King Institute of Preventive Medicine Bacteriolog. Section reports 1907-08
Year: 1907
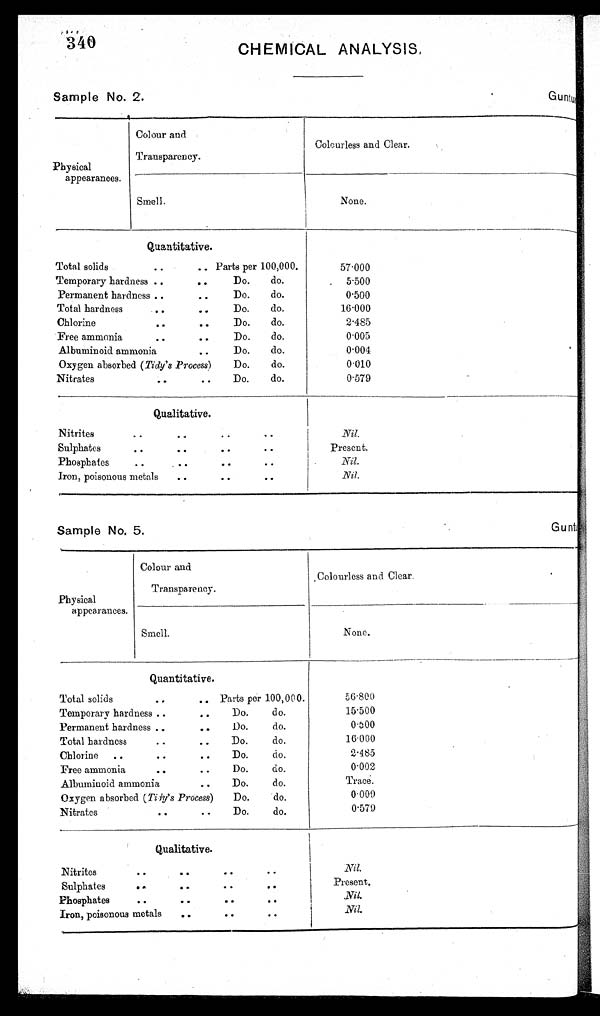
340
C H E M I C A L A N A L Y S I S .
Sample No. 2.
Guntur.
Physical
appearances.
Colour and
Transparency.
Colourless and Clear.
Smell.
.
None.
Quantitative.
Total solids
Parts per 100,000.
57.000
Temporary hardness
Do.
do.
5.500
Permanent hardness
Do.
do.
0.500
Total hardness
Do.
do.
16.000
Chlorine
Do.
do.
2.485
Free ammonia
Do.
do.
0.005
Albuminoid ammonia
..
Do.
do.
0.004
Oxygen absorbed ( Tidy's Process)
Do.
do.
0.010
Nitrates
Do.
do.
0.579
Qualitative.
Nitrites
Nil.
Sulphates
Present.
Phosphates
Nil.
Iron, poisonous metals ..
Nil.
Sample No. 5.
Guntur.
Physical
appearances.
Colour and
Transparency.
Colourless and Clear.
Smell.
None.
Quantitative.
Total solids
Parts per 100,000.
56.800
Temporary hardness
• •
Do.
do.
15.500
Permanent hardness.
• •
Do.
do.
0.500
Total hardness
Do.
do.
16.000
Chlorine ..
Do.
do.
2.485
Free ammonia
Do.
do.
0.002
Albuminoid ammonia
Do.
do.
Trace.
Do.
do.
0.009
Oxygen absorbed ( Tidy's Process)
Nitrates
Do.
do.
0.579
Qualitative.
Nitrites
Nil.
Sulphates
Present.
Nil.
Phosphates
Nil.
Iron, poisonous metals